Rules and regulations of the Bombay Veterinary College
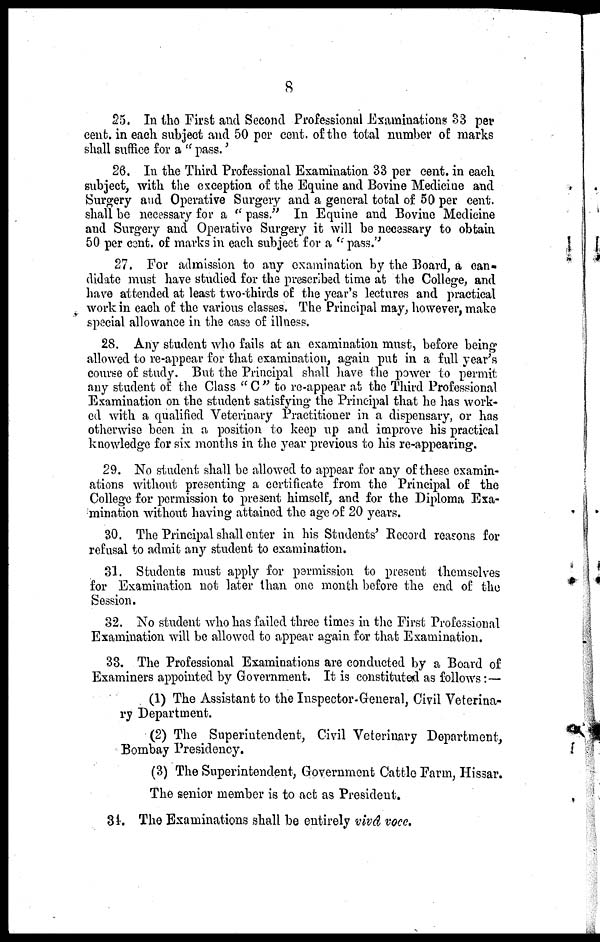
8
25. In the First and Second Professional Examinations 33 per
cent. in each subject and 50 per cent. of the total number of marks
shall suffice for a " pass.'
26. In the Third Professional Examination 33 per cent. in each
subject, with the exception of the Equine and Bovine Medicine and
Surgery and Operative Surgery and a general total of 50 per cent.
shall be necessary for a " pass." In Equine and Bovine Medicine
and Surgery and Operative Surgery it will be necessary to obtain
50 per cent. of marks in each subject for a "pass."
27. For admission to any examination by the Board, a can-
didate must have studied for the prescribed time at the College, and
have attended at least two-thirds of the year's lectures and practical
work in each of the various classes. The Principal may, however, make
special allowance in the case of illness.
28. Any student who fails at an examination must, before being
allowed to re-appear for that examination, again put in a full year's
course of study. But the Principal shall have the power to permit
any student of the Class " C " to re-appear at the Third Professional
Examination on the student satisfying the Principal that he has work-
ed with a qualified Veterinary Practitioner in a dispensary, or has
otherwise been in a position to keep up and improve his practical
knowledge for six months in the year previous to his re-appearing.
29. No student shall be allowed to appear for any of these examin-
ations without presenting a certificate from the Principal of the
College for permission to present himself, and for the Diploma Exa-
mination without having attained the age of 20 years.
30. The Principal shall enter in his Students' Record reasons for
refusal to admit any student to examination.
31. Students must apply for permission to present themselves
for Examination not later than one month before the end of the
Session.
32. No student who has failed three times in the First Professional
Examination will be allowed to appear again for that Examination.
33. The Professional Examinations are conducted by a Board of
Examiners appointed by Government. It is constituted as follows :—
(1) The Assistant to the Inspector-General, Civil Veterina-
ry Department.
(2) The Superintendent, Civil Veterinary Department,
Bombay Presidency.
(3) The Superintendent, Government Cattle Farm, Hissar.
The senior member is to act as President.
34. The Examinations shall be entirely vivd voce.